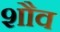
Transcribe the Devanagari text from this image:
शौव